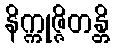
နိက္ကုဇ္ဇိတန္တိ